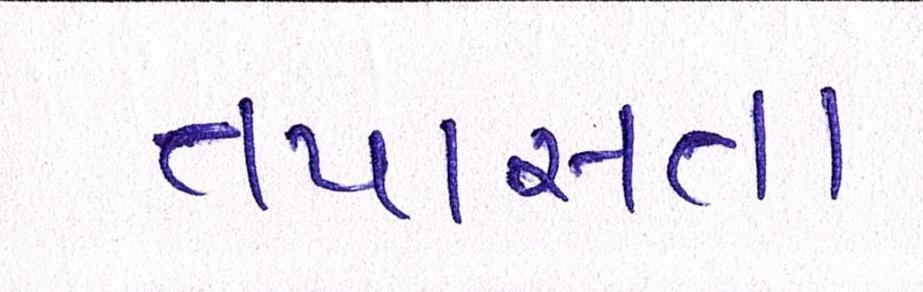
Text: તપાસતાં